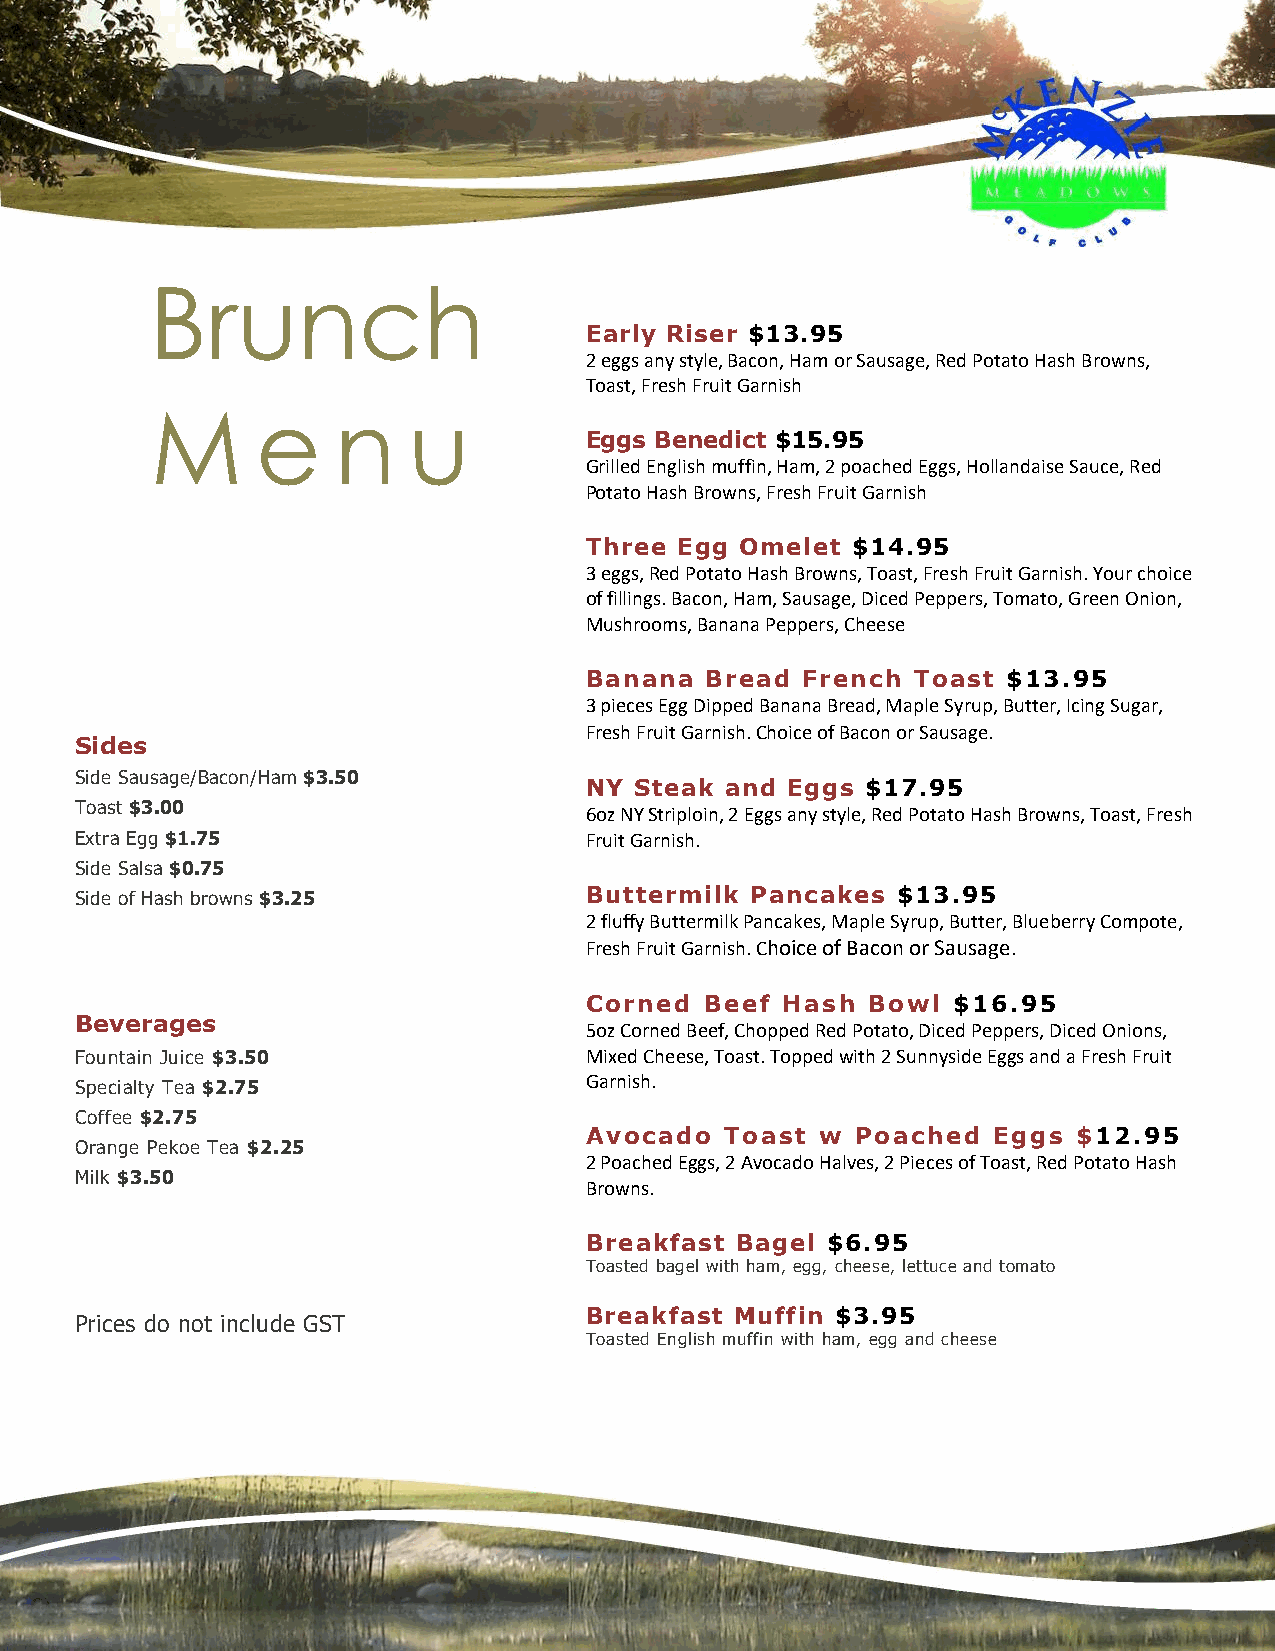
Brunch
 Early Riser $13.95
 2 eggs any style, Bacon, Ham or Sausage, Red Potato Hash Browns,
 Toast, Fresh Fruit Garnish
 M      e    n    u
 Eggs Benedict $15.95
 Grilled English muffin, Ham, 2 poached Eggs, Hollandaise Sauce, Red
 Potato Hash Browns, Fresh Fruit Garnish
 Three Egg Omelet $14.95
 3 eggs, Red Potato Hash Browns, Toast, Fresh Fruit Garnish. Your choice
 of fillings. Bacon, Ham, Sausage, Diced Peppers, Tomato, Green Onion,
 Mushrooms, Banana Peppers, Cheese
 Banana  Bread French Toast  $13.95
 3 pieces Egg Dipped Banana Bread, Maple Syrup, Butter, Icing Sugar,
 Fresh Fruit Garnish. Choice of Bacon or Sausage.
 Sides
 Side Sausage/Bacon/Ham $3.50
 NY Steak and Eggs $17.95
 Toast $3.00
 6oz NY Striploin, 2 Eggs any style, Red Potato Hash Browns, Toast, Fresh
 Extra Egg $1.75                   Fruit Garnish.
 Side Salsa $0.75
 Side of Hash browns $3.25         Buttermilk Pancakes $13.95
 2 fluffy Buttermilk Pancakes, Maple Syrup, Butter, Blueberry Compote,
 Fresh Fruit Garnish. Choice of Bacon or Sausage.
 Corned  Beef Hash Bowl  $16.95
 Beverages
 5oz Corned Beef, Chopped Red Potato, Diced Peppers, Diced Onions,
 Fountain Juice $3.50              Mixed Cheese, Toast. Topped with 2 Sunnyside Eggs and a Fresh Fruit
 Specialty Tea $2.75
 Garnish.
 Coffee $2.75
 Avocado  Toast w  Poached  Eggs $12.95
 Orange Pekoe Tea $2.25
 2 Poached Eggs, 2 Avocado Halves, 2 Pieces of Toast, Red Potato Hash
 Milk $3.50
 Browns.
 Breakfast Bagel $6.95
 Toasted bagel with ham, egg, cheese, lettuce and tomato
 Breakfast Muffin $3.95
 Prices do not include GST
 Toasted English muffin with ham, egg and cheese